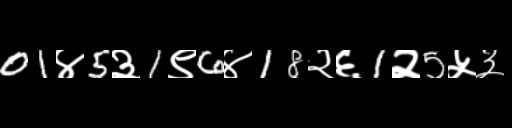
Text: 01४5३1९6४18२६1२5५३